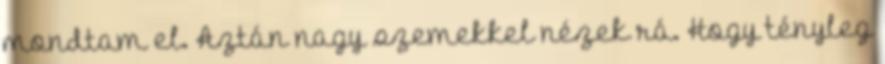
mondtam el. Aztán nagy szemekkel nézek rá. Hogy tényleg